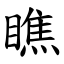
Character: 瞧